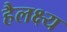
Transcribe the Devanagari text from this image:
हैलक्ष्य